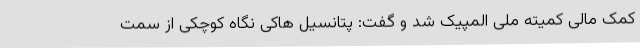
کمک مالی کمیته ملی المپیک شد و گفت: پتانسیل هاکی نگاه کوچکی از سمت